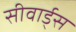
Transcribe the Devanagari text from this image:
सीवार्ड्स